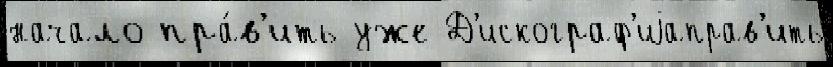
начало пра́в'ить уже Д'искограф'иjаправ'ить